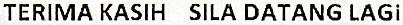
TERIMA KASIH SILA DATANG LAGI